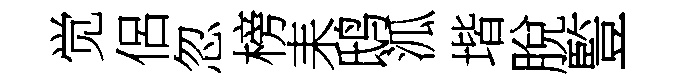
觉侶忽榜耒鸱泒堦脫䜿